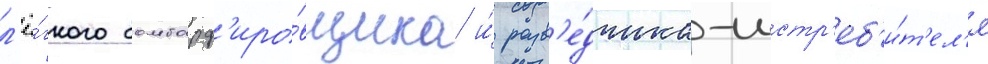
л'ё́гкого бомбард'иро́вщика и́ разв'е́дчика-истр'еб'и́т'ел'я